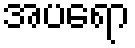
အပရော